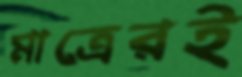
মাত্রেরই